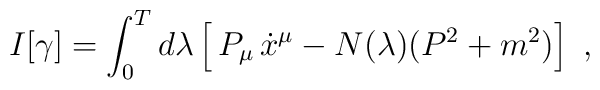
I[\gamma]=\int_0^T d\lambda \left[\,P_\mu\,\dot x^\mu-N(\lambda)(P^2+m^2)\right]\ ,